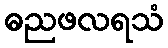
ဓညဖလရသံ